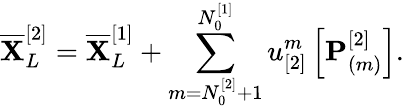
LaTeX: \overline{{\mathbf{X}}}_{L}^{[2]}=\overline{{\mathbf{X}}}_{L}^{[1]}+\sum_{m=N_{0}^{[2]}+1}^{N_{0}^{[1]}}u_{[2]}^{m}\left[\mathbf{P}_{(m)}^{[2]}\right].